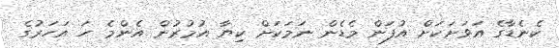
ކެނެޑާގެ އަވަށަކަށް އުފަން މެޑެން ނަމަކަށް ކިޔާ އުމުރުން އެންމެ ހަ އަހަރުގެ